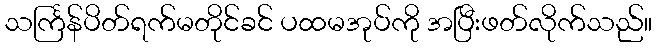
သင်္ကြန်ပိတ်ရက်မတိုင်ခင် ပထမအုပ်ကို အပြီးဖတ်လိုက်သည်။